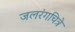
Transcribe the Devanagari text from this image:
जलरंगचित्रे